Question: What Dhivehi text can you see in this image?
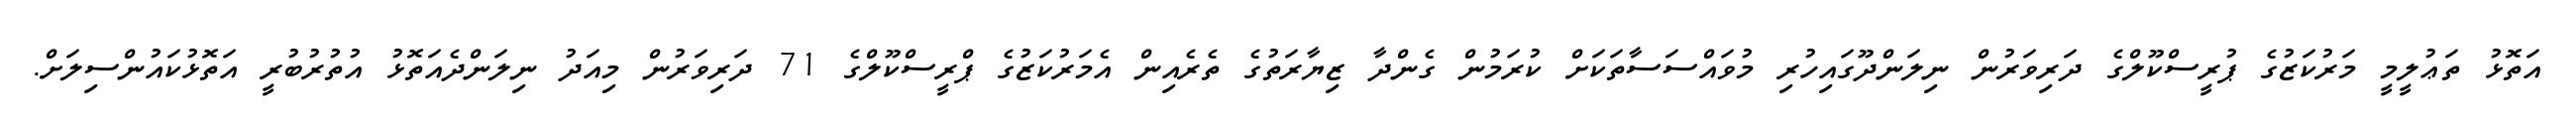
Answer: އަތޮޅު ތަޢުލީމީ މަރުކަޒުގެ ޕުރީސްކޫލްގެ ދަރިވަރުން ނިލަންދޫގައިހުރި މުވައްސަސާތަކަށް ކުރަމުން ގެންދާ ޒިޔާރަތުގެ ތެރެއިން އެމަރުކަޒުގެ ޕްރީސްކޫލްގެ 71 ދަރިވަރުން މިއަދު ނިލަންދެއަތޮޅު އުތުރުބުރީ އަތޮޅުކައުންސިލަށް.